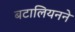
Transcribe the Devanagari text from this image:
बटालियनने